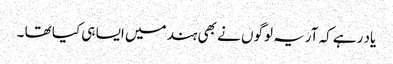
یاد رہے کہ آریہ لوگوں نے بھی ہند میں ایسا ہی کیا تھا ۔